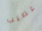
عصيب